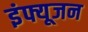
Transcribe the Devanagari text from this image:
इंफ्यूजन